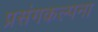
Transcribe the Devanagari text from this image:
प्रसंगकल्पना